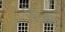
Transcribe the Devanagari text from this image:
विरक्षा